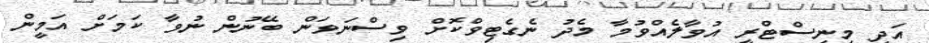
އަދި މިނިސްޓްރީ އުވާލެއްވުމާ މެދު ނެގެޓިވްކޮށް ވިސްނަވަން ބޭނުން ނުވާ ކަމަށް އަމީން